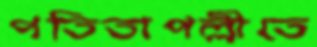
পতিতাপল্লীতে